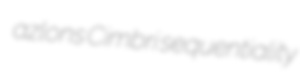
azlons Cimbri sequentiality